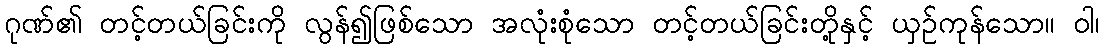
ဂုဏ်၏ တင့်တယ်ခြင်းကို လွန်၍ဖြစ်သော အလုံးစုံသော တင့်တယ်ခြင်းတို့နှင့် ယှဉ်ကုန်သော။ ဝါ၊